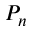
P _ { n }